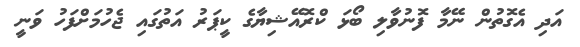
އަދި އެގޮތުން ނޭމާ ފޮނުވާލި ބޯޅަ ކްރޮއޭޝިޔާގެ ކީޕަރު އަތުގައި ޖެހުމަށްފަހު ވަނީ